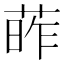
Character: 葃